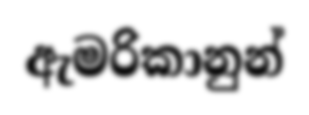
ඇමරිකානුන්